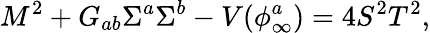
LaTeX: M^{2}+G_{ab}\Sigma^{a}\Sigma^{b}-V(\phi_{\infty}^{a})=4S^{2}T^{2},